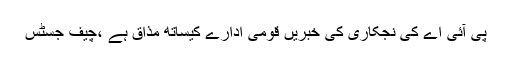
پی آئی اے کی نجکاری کی خبریں قومی ادارے کیساتھ مذاق ہے ،چیف جسٹس